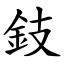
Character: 鈘